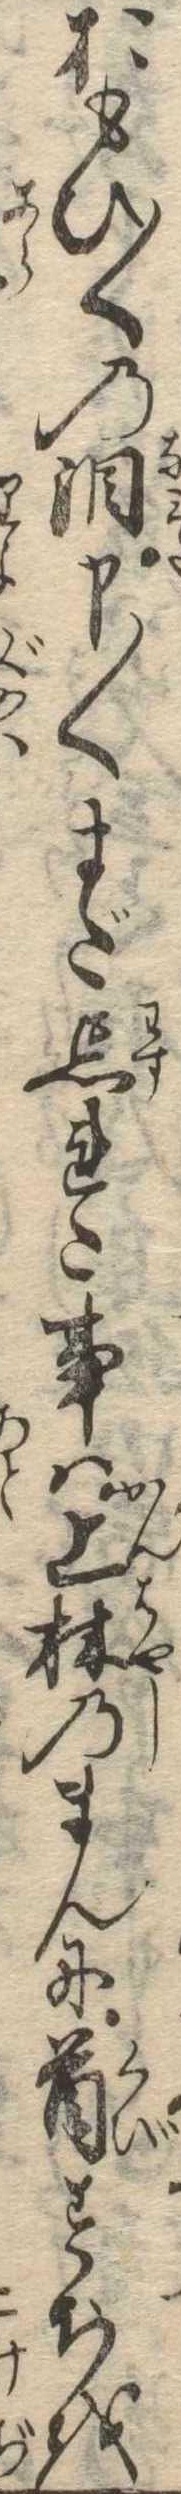
おもひ〱の涙申〱まだ忘れた事は上林のまんに首すぢを